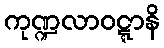
ကုဏ္ဍလာဝဋ္ဋာနိ